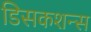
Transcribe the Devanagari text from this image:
डिसकशन्स